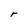
Character: r